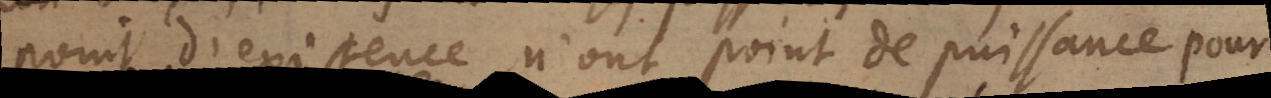
point d’existence n’ont point de puissance pour